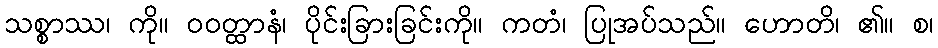
သစ္စာဿ၊ ကို။ ဝဝတ္ထာနံ၊ ပိုင်းခြားခြင်းကို။ ကတံ၊ ပြုအပ်သည်။ ဟောတိ၊ ၏။ စ၊